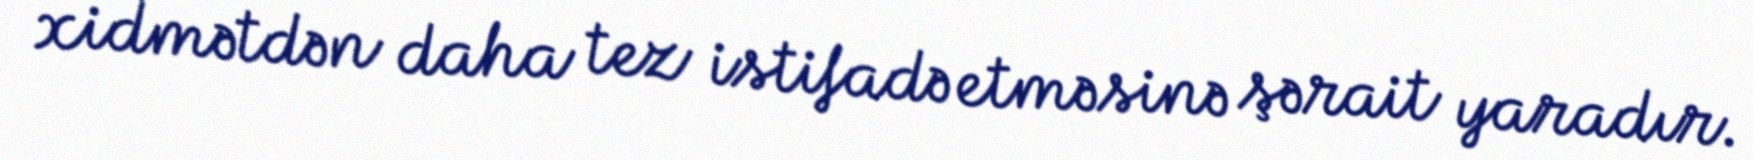
xidmətdən daha tez istifadə etməsinə şərait yaradır.